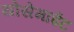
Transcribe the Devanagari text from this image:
योसेमाईट